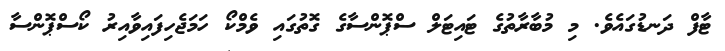
ޓާފް ދަނޑުގައެވެ. މި މުބާރާތުގެ ޓައިޓަލް ސްޕޮންސާގެ ގޮތުގައި ވެމްކޯ ހަމަޖެހިފައިވާއިރު ކޯސްޕޮންސާ